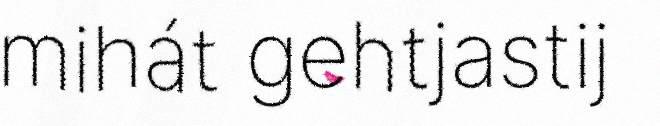
mihát gehtjastij